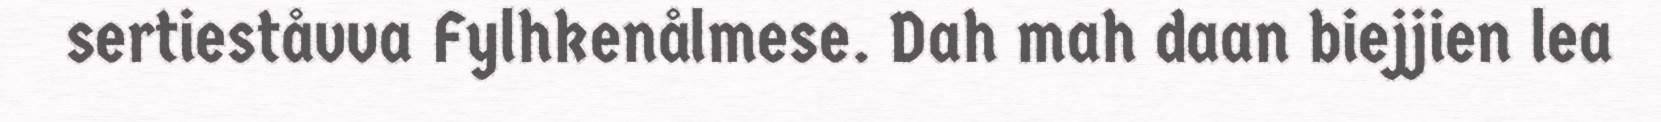
sertieståvva Fylhkenålmese. Dah mah daan biejjien lea